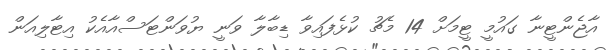
އާޖެންޓީނާ ގައުމީ ޓީމަށް 14 މެޗު ކުޅެފައިވާ ޑިބާލާ ވަނީ ޔުވަންޓަސްއާއެކު އިޓާލިއަން